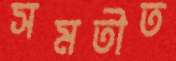
সমতীত